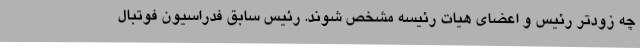
چه زودتر رئیس و اعضای هیات رئیسه مشخص شوند. رئیس سابق فدراسیون فوتبال